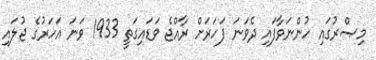
މިޞްރުގައި ހުންނަވާފައި ދެވަނަ ފަހަރަށް ރާއްޖެ ވަޑައިގަތީ 1933 ވަނަ އަހަރުގެ ޖުލައި